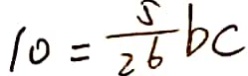
1 0 = \frac { 5 } { 2 6 } b c